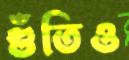
গুঁতিও